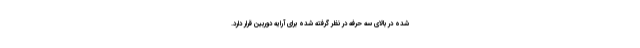
شده در بالای سه حرفه در نظر گرفته شده برای آرایه دوربین قرار دارد.